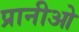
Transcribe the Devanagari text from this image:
प्रानीओ